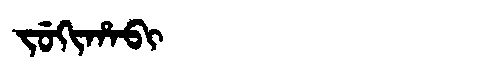
Manchu: ᠵᡠᡴᡳᡥᠠᠪᡳ
Romanization: JUKIHABI